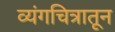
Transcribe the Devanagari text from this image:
व्यंगचित्रातून